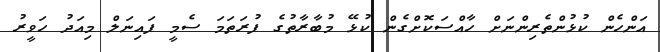
އަންހެން ކުޅުންތެރިންނަށް ހާއްސަކޮށްގެން ކުޅޭ މުބާރާތުގެ ފުރަތަމަ ސެމީ ފައިނަލް މިއަދު ހަވީރު